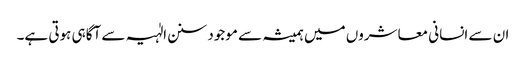
ان سے انسانی معاشروں میں ہمیشہ سے موجود سنن الٰہیہ سے آگاہی ہوتی ہے۔